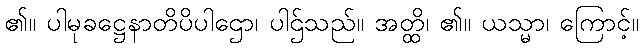
၏။ ပါမုခဋ္ဌေနာတိပိပါဌော၊ ပါဌ်သည်။ အတ္ထိ၊ ၏။ ယသ္မာ၊ ကြောင့်။